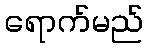
ရောက်မည်